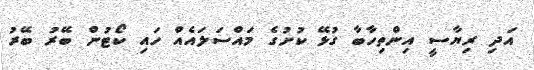
އަދި ރިޔާސީ އިންތިހާބާ ގުޅޭ ކުށުގެ މައްސަލައެއް ހައި ކޯޓުން ބޭރު ބޭރު